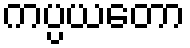
ကပ္ပယတော